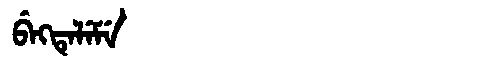
Manchu: ᠪᡝᡴᡨᡝᠯᡝᠮᡝ
Romanization: BEKTELEME